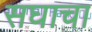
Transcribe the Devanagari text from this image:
सघाचा